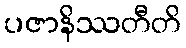
ပဇာနိဿတီတိ